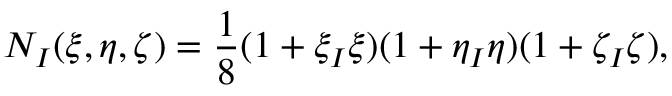
N _ { I } ( \xi , \eta , \zeta ) = \frac { 1 } { 8 } ( 1 + \xi _ { I } \xi ) ( 1 + \eta _ { I } \eta ) ( 1 + \zeta _ { I } \zeta ) ,